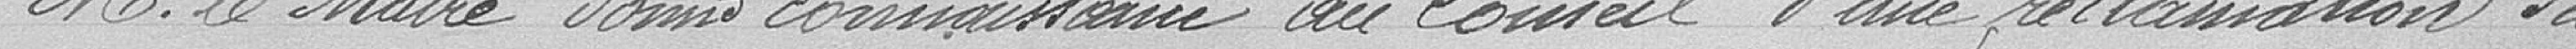
Monsieur le Maire donne connaissance au Conseil d'une réclamation du